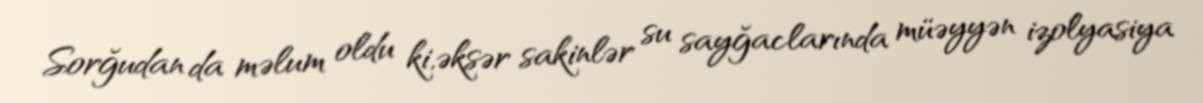
Sorğudan da məlum oldu ki,əksər sakinlər su sayğaclarında müəyyən izolyasiya